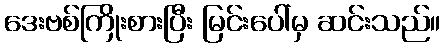
ဒေးဗစ်ကြိုးစားပြီး မြင်းပေါ်မှ ဆင်းသည်။